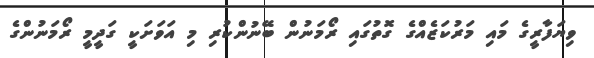
ވިޔަފާރީގެ މައި މަރުކަޒެއްގެ ގޮތުގައި ރޯމަނުން ބޭނުންކުރި މި އަވަށަކީ ގަދީމީ ރޯމަނުންގެ